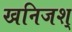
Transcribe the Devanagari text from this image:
खनिजश्